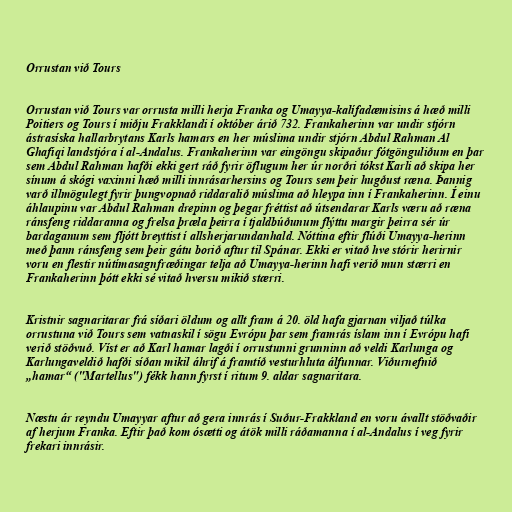
Orrustan við Tours

Orrustan við Tours var orrusta milli herja Franka og Umayya-kalífadæmisins á hæð milli
Poitiers og Tours í miðju Frakklandi í október árið 732. Frankaherinn var undir stjórn
ástrasíska hallarbrytans Karls hamars en her múslima undir stjórn Abdul Rahman Al
Ghafiqi landstjóra í al-Andalus. Frankaherinn var eingöngu skipaður fótgönguliðum en þar
sem Abdul Rahman hafði ekki gert ráð fyrir öflugum her úr norðri tókst Karli að skipa her
sínum á skógi vaxinni hæð milli innrásarhersins og Tours sem þeir hugðust ræna. Þannig
varð illmögulegt fyrir þungvopnað riddaralið múslima að hleypa inn í Frankaherinn. Í einu
áhlaupinu var Abdul Rahman drepinn og þegar fréttist að útsendarar Karls væru að ræna
ránsfeng riddaranna og frelsa þræla þeirra í tjaldbúðunum flýttu margir þeirra sér úr
bardaganum sem fljótt breyttist í allsherjarundanhald. Nóttina eftir flúði Umayya-herinn
með þann ránsfeng sem þeir gátu borið aftur til Spánar. Ekki er vitað hve stórir herirnir
voru en flestir nútímasagnfræðingar telja að Umayya-herinn hafi verið mun stærri en
Frankaherinn þótt ekki sé vitað hversu mikið stærri.

Kristnir sagnaritarar frá síðari öldum og allt fram á 20. öld hafa gjarnan viljað túlka
orrustuna við Tours sem vatnaskil í sögu Evrópu þar sem framrás íslam inn í Evrópu hafi
verið stöðvuð. Víst er að Karl hamar lagði í orrustunni grunninn að veldi Karlunga og
Karlungaveldið hafði síðan mikil áhrif á framtíð vesturhluta álfunnar. Viðurnefnið
„hamar“ ("Martellus") fékk hann fyrst í ritum 9. aldar sagnaritara.

Næstu ár reyndu Umayyar aftur að gera innrás í Suður-Frakkland en voru ávallt stöðvaðir
af herjum Franka. Eftir það kom ósætti og átök milli ráðamanna í al-Andalus í veg fyrir
frekari innrásir.